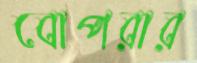
বোপরার